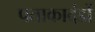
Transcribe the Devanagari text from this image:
पताकादंडों